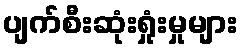
ပျက်စီးဆုံးရှုံးမှုများ